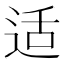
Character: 适